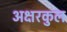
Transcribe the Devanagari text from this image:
अक्षरकुल